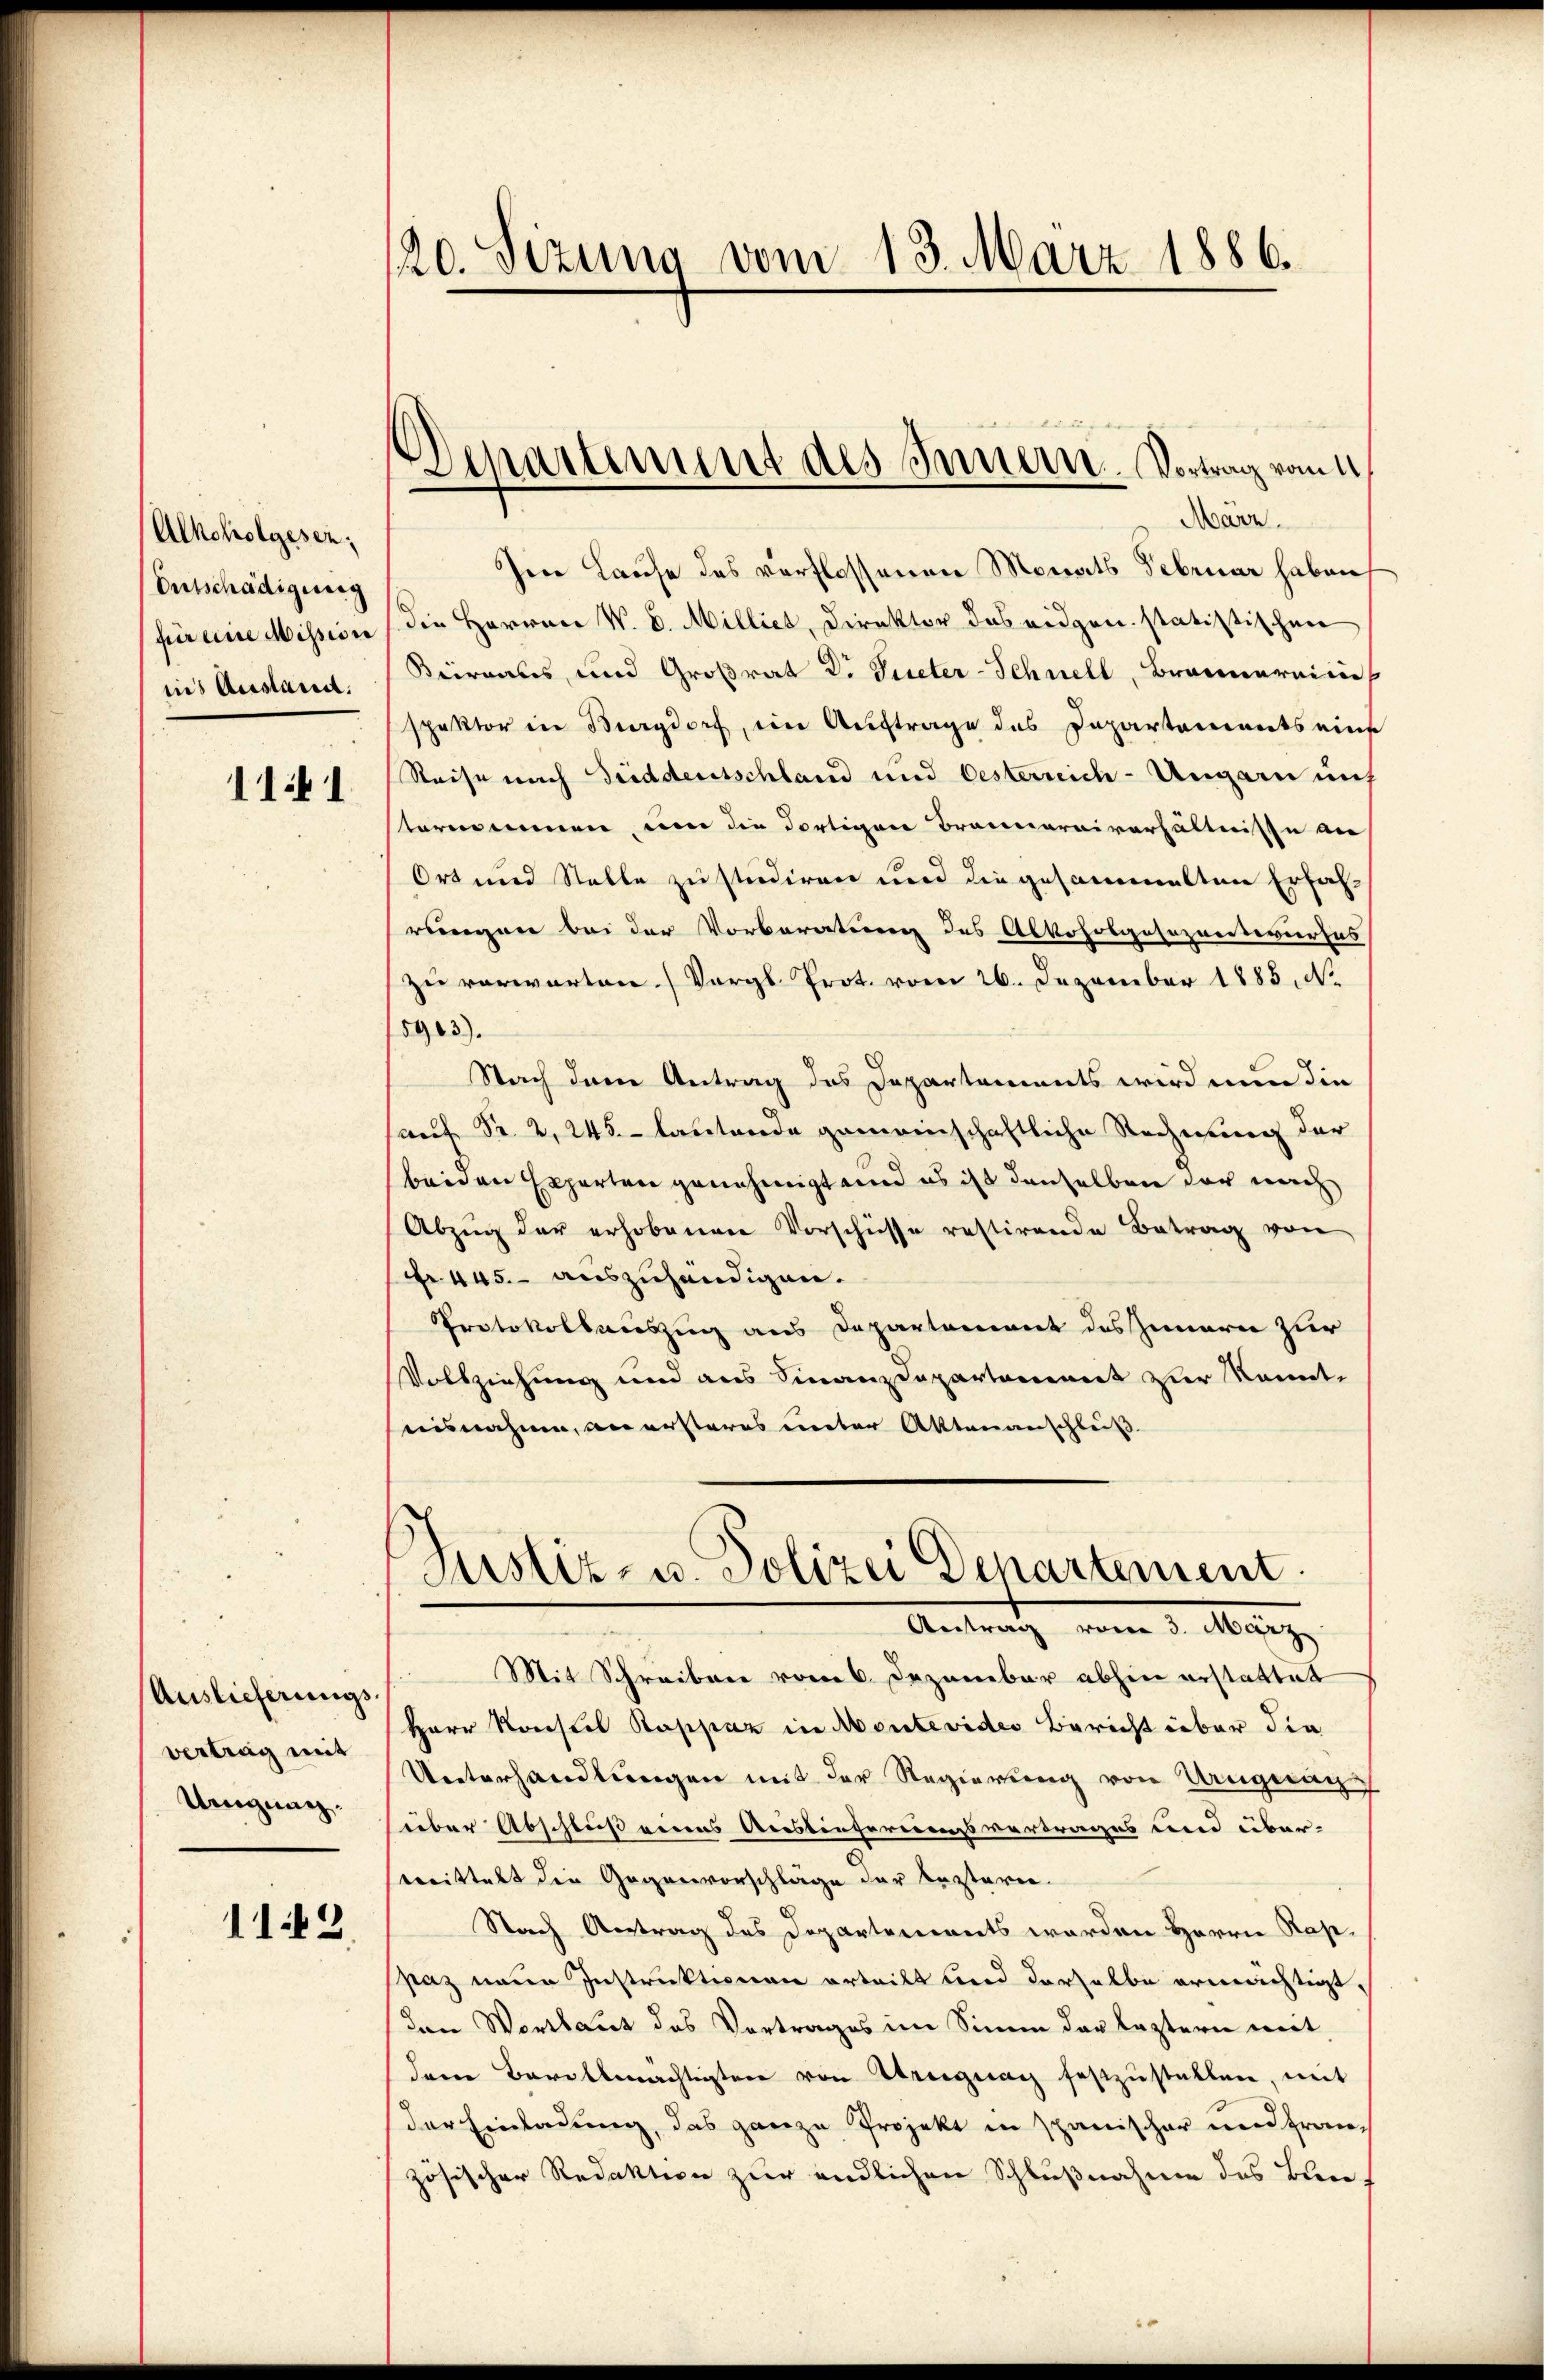
Alkoholgesen:
Entschädigung
für eine Mission
ins Ausstand.

1141

Anslieferungs
vertrag mit
Ungung.

119

120. Sizung vom 13. März 1886.

Departement des Innern. Vortrag vom 1

März.
Ien Hause des verflossenen Monats Februar haben
(die Herren W. B. Millies, Direktor des eidgen. statistischen
Beiraaus, und Großrat d. Sueter-Schnell, Brennerein
spektor in Burgdorf, ein Auftrage des Departements eine
Reise nach Friddeutschland und Oesterreich-Ungarn aus
tornennen, um die Fortigen Braunaraiverhältnisse an
Ort und Stelle zu studiren und die gesammelten Erfahrengen bei der Vorberatung des Alkoholgasozentwurfes
zu verwarten (Vergl. Prot. vom 26. Dezember 1885, No
5903).
Nach dem Antrag des Departements wird nun die
auf Fr. 2, 245. lautende gemeinschaftliche Rechnung der
beiden Experten genehmigt und es ist denselben der nach
Abzŭg der erhobenen Vorschüsse restirende Betrag von
fr. 445. - auszuhändigen.
Protokollauszug aus Departement des Innern zur
Vollziehung und aus Finanzdepartement zur konnte
nisnahme, an ersteres unter Aktenanschluß

Justiz- u. Polizei Departement.
Antrag vom 3. März

Mit Schreiben vom 6. Dezember abhin erstattet
Herr Konstel Rappaz in Montevides Bericht über die
Unterhandlungen mit der Regierung von Uruguagsüber Abschluß eines Aristiefereinsvertrages und über-
trittelt die Gegenvorschläge der besterie-
Nach Antrag des Departements werden Herrn Rappaz neue Instruktionen erteilt und Verhalbe ermächtigt
den Wortlaut des Vortrages im Sinne der leztern mit
den Bevollmächtigten von Ereiguay festzŭstellen, mit
der Einladung, das ganze Projekt in Schanischer und Frau,
zösischer Redaktion zur endlichen Schlußnahme des Bun